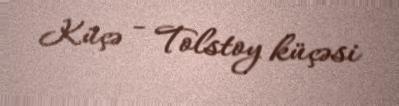
Küçə - Tolstoy küçəsi